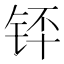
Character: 𬭃